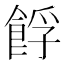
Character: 𩛞